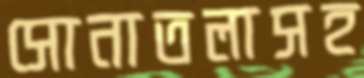
সোনাতলাসহ